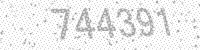
Solution: 744391